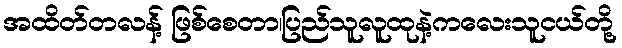
အထိတ်တလန့် ဖြစ်စေတာ၊ပြည်သူလူထုနဲ့ကလေးသူငယ်တို့